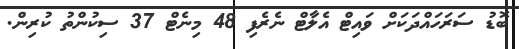
ބޮޑު ސަރަހައްދަކަށް ވައިޓް އެލާޓް ނެރެފި 48 މިނެޓް 37 ސިކުންތު ކުރިން.